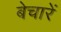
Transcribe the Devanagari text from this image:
बेचारें